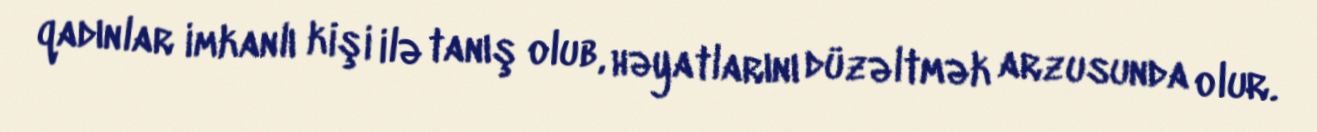
qadınlar imkanlı kişi ilə tanış olub, həyatlarını düzəltmək arzusunda olur.